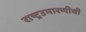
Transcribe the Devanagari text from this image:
राष्ट्रउभारणीची